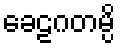
ခေဠဂတမ္ပိ